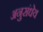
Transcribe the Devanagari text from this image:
अनुसंधेय